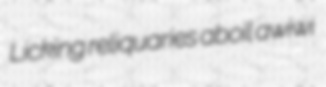
Licking reliquaries aboil awiwi